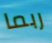
ربما